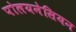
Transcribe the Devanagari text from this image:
पोलयनेसियन